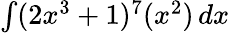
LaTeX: \textstyle\int(2x^{3}+1)^{7}(x^{2})\, dx